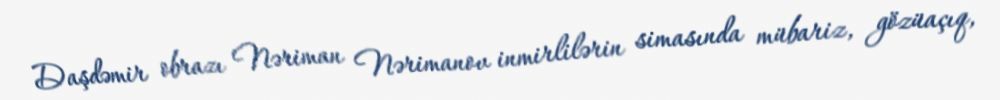
Daşdəmir obrazı Nəriman Nərimanov inmirlilərin simasında mübariz, gözüaçıq,